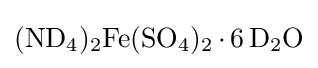
{\ce {(ND4)2Fe(SO4)2.6D2O}}